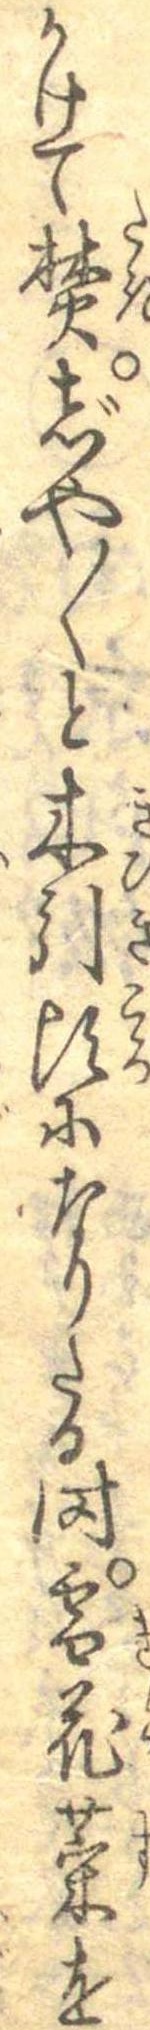
かけて焚じや〱と木引頃になりたる時雪花菜を